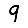
Digit: 9